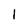
Character: 1